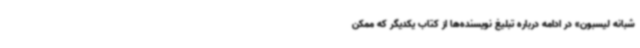
شبانه لیسبون» در ادامه درباره تبلیغ نویسنده‌ها از کتاب یکدیگر که ممکن